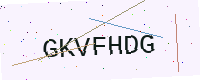
Text: GKVFHDG